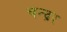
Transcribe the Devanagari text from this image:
चन्द्रर